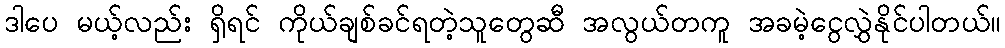
ဒါပေ မယ့်လည်း ရှိရင် ကိုယ်ချစ်ခင်ရတဲ့သူတွေဆီ အလွယ်တကူ အခမဲ့ငွေလွှဲနိုင်ပါတယ်။